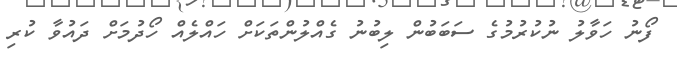
ފޯނު ހަވާލު ނުކުރުމުގެ ސަބަބުން ލިބުނު ގެއްލުންތަކަށް ހައްލެއް ހޯދުމަށް ދައުވާ ކުރި